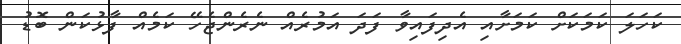
ކަހަލަ ކަމަކަށް ކަމަށާއި އެދިފައިވާ ފަަދަ އަމުރެއް ނެރެންޖެހޭ ކަމެއް ފާޅުކަން ބޮޑު